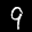
Label: 9